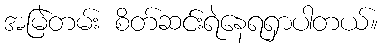
အမြဲတမ်း စိတ်ဆင်းရဲနေရရှာပါတယ်။